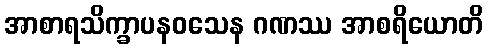
အာစာရသိက္ခာပနဝသေန ဂဏဿ အာစရိယောတိ